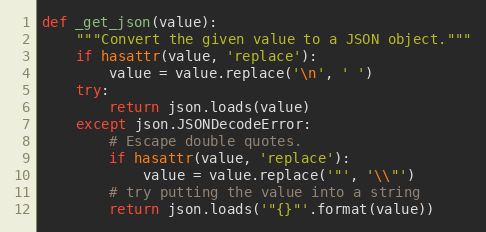
Language: Python
def _get_json(value):
    """Convert the given value to a JSON object."""
    if hasattr(value, 'replace'):
        value = value.replace('\n', ' ')
    try:
        return json.loads(value)
    except json.JSONDecodeError:
        # Escape double quotes.
        if hasattr(value, 'replace'):
            value = value.replace('"', '\\"')
        # try putting the value into a string
        return json.loads('"{}"'.format(value))